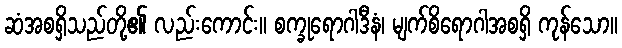
ဆံအစရှိသည်တို့၏ လည်းကောင်း။ စက္ခုရောဂါဒီနံ၊ မျက်စိရောဂါအစရှိ ကုန်သော။